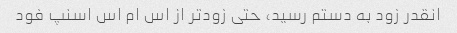
انقدر زود به دستم رسید، حتی زودتر از اس ام اس اسنپ فود